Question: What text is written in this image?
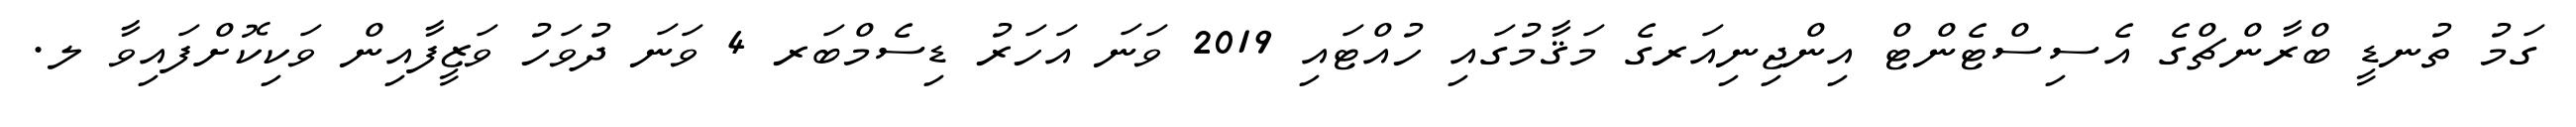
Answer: ގަމު ތުނޑީ ބްރާންޗްގެ އެސިސްޓެންޓް އިންޖިނިއަރގެ މަޤާމުގައި ހުއްޓައި 2019 ވަނަ އަހަރު ޑިސެމްބަރ 4 ވަނަ ދުވަހު ވަޒީފާއިން ވަކިކޮށްފައިވާ ލ.